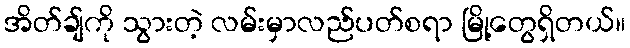
အိတ်ချ်ကို သွားတဲ့ လမ်းမှာလည်ပတ်စရာ မြို့တွေရှိတယ်။